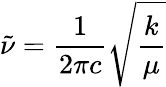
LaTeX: {\tilde{\nu}}={\frac{1}{2\pi c}}{\sqrt{\frac{k}{\mu}}}